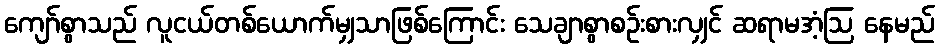
ကျော်စွာသည် လူငယ်တစ်ယောက်မျှသာဖြစ်ကြောင်း သေချာစွာစဉ်းစားလျှင် ဆရာမအံ့ဩ နေမည်